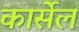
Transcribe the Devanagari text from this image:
कार्सेल